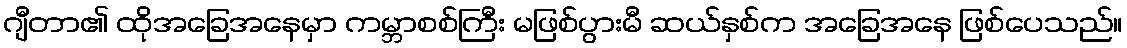
ဂျီတာ၏ ထိုအခြေအနေမှာ ကမ္ဘာစစ်ကြီး မဖြစ်ပွားမီ ဆယ်နှစ်က အခြေအနေ ဖြစ်ပေသည်။